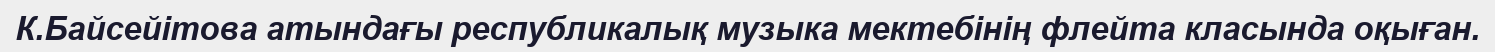
К.Байсейітова атындағы республикалық музыка мектебінің флейта класында оқыған.